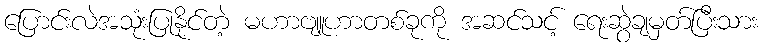
ပြောင်းလဲအသုံးပြုနိုင်တဲ့ မဟာဗျူဟာတစ်ခုကို အဆင်သင့် ရေးဆွဲချမှတ်ပြီးသား